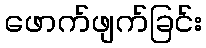
ဖောက်ဖျက်ခြင်း